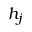
h _ { j }